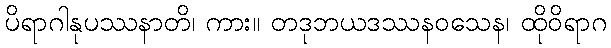
ပိရာဂါနုပဿနာတိ၊ ကား။ တဒုဘယဒဿနဝသေန၊ ထိုဝိရာဂ